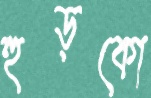
হুড়কো